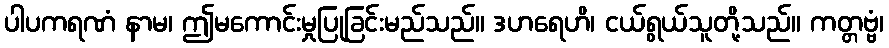
ပါပကရဏံ နာမ၊ ဤမကောင်းမှုပြုခြင်းမည်သည်။ ဒဟရေဟိ၊ ငယ်ရွယ်သူတို့သည်။ ကတ္တဗ္ဗံ၊